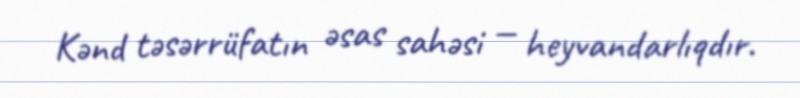
Kənd təsərrüfatın əsas sahəsi — heyvandarlıqdır.